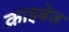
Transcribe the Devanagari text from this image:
क्राइबेज